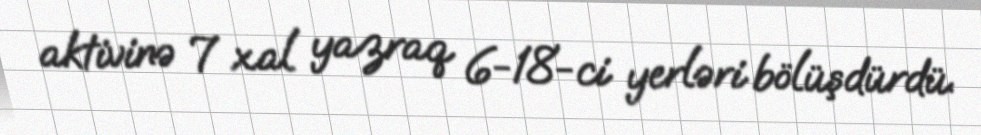
aktivinə 7 xal yazraq 6-18-ci yerləri bölüşdürdü.